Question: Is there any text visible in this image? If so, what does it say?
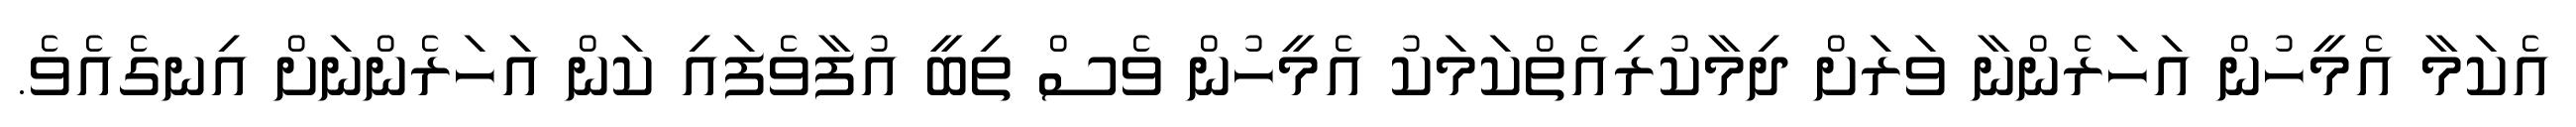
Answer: އެކަމާ އެމީހުން އަހަރެންނާ ވަރަށް ދިމާކުރިއެތްކަމަކު އެމީހުން ވެސް ތިބީ އުފާވެފައި ކަން އަހަރެންނަށް އިނގެއެވެ.